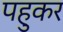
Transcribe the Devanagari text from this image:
पहुकर